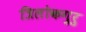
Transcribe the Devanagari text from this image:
त्रिलोकगुरु